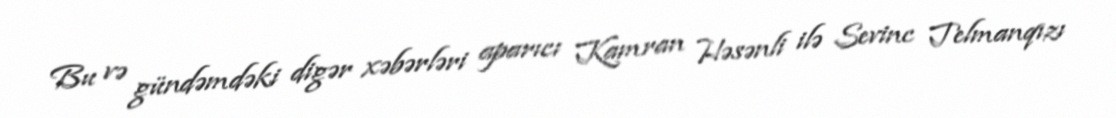
Bu və gündəmdəki digər xəbərləri aparıcı Kamran Həsənli ilə Sevinc Telmanqızı